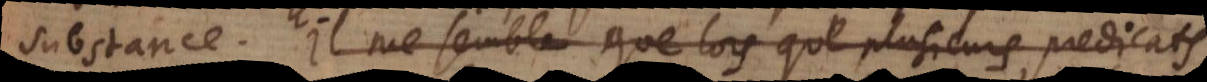
substance. Il est bien vray, que lorsque plusieurs predicats